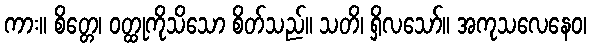
ကား။ စိတ္တေ၊ ဝတ္ထုကိုသိသော စိတ်သည်။ သတိ၊ ရှိလသော်။ အကုသလေနေဝ၊